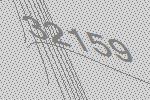
32159